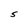
Character: S